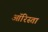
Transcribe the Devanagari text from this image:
ऑरिस्ता